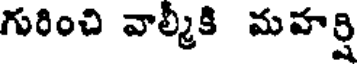
గురించి వాల్మీకి మహర్షి